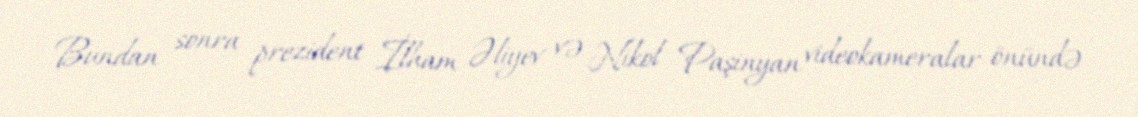
Bundan sonra prezident İlham Əliyev və Nikol Paşinyan videokameralar önündə